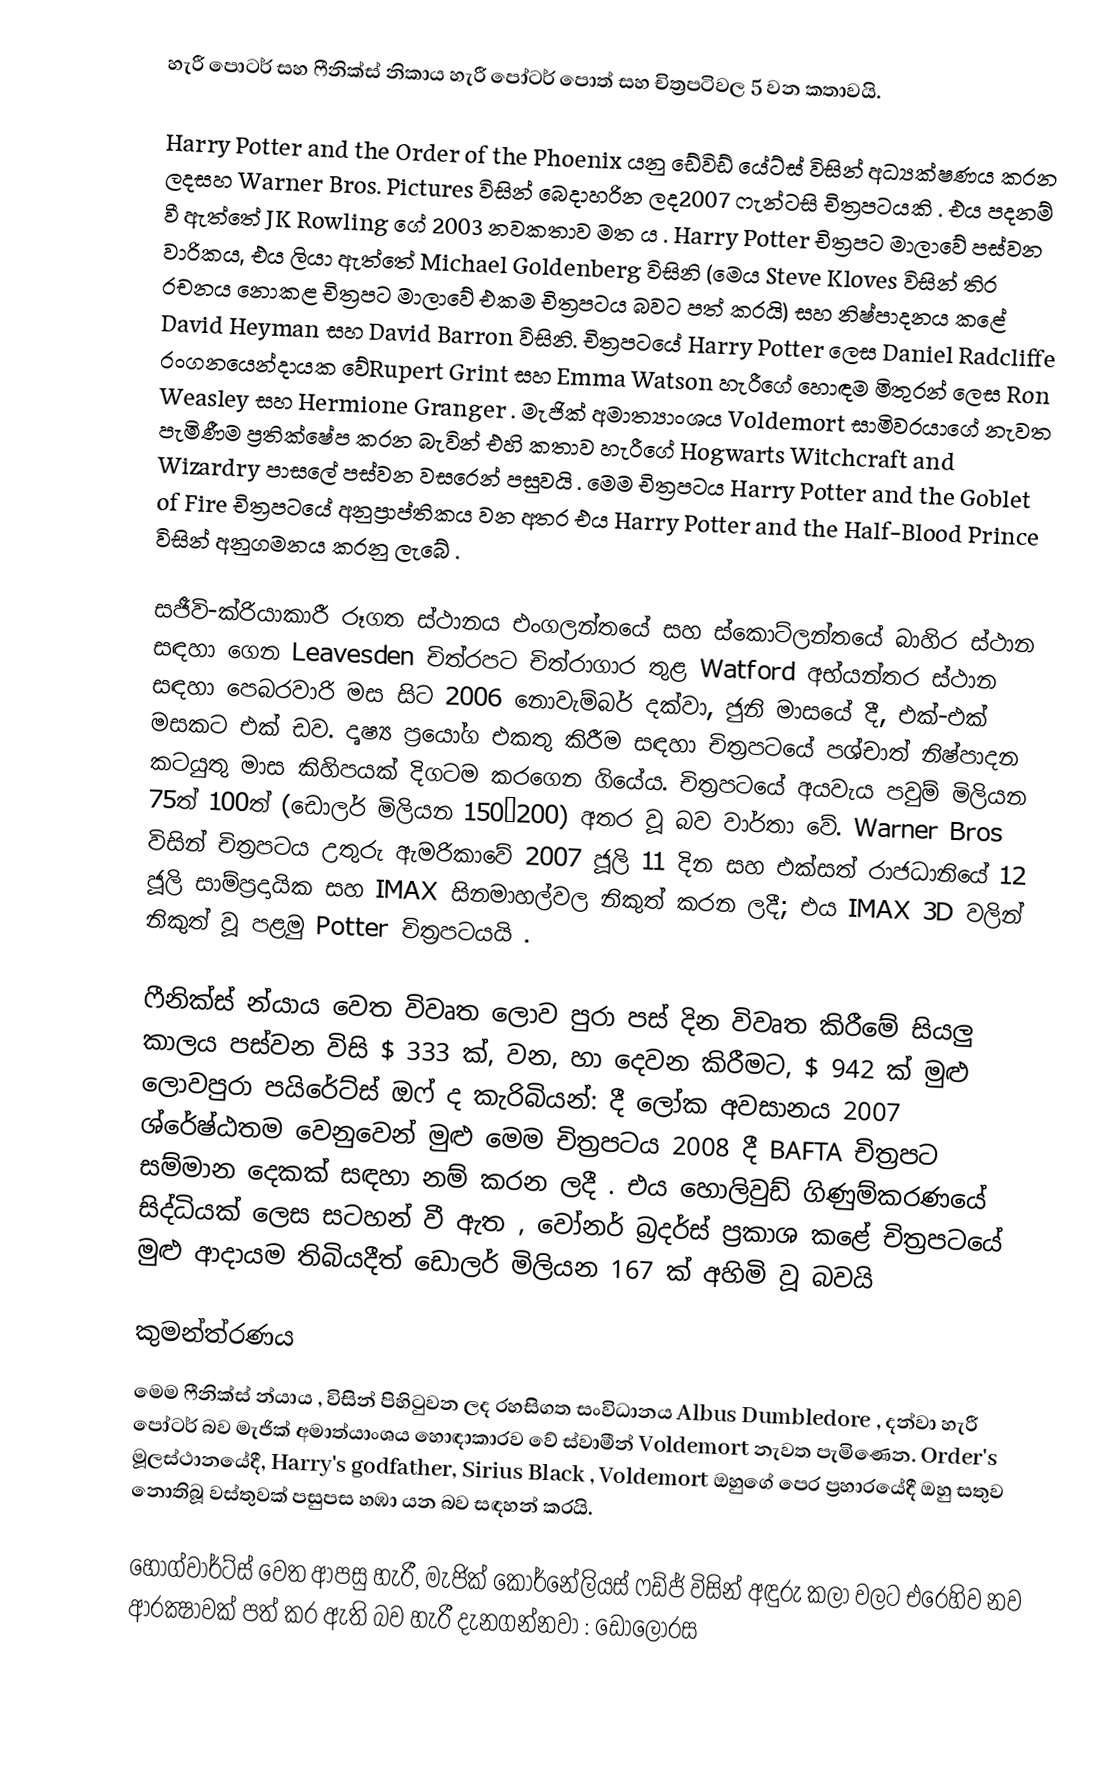
හැරී පොටර් සහ ෆීනික්ස් නිකාය හැරී පෝටර් පොත් සහ චිත්‍රපටිවල 5 වන කතාවයි.

Harry Potter and the Order of the Phoenix යනු ඩේවිඩ් යේට්ස් විසින් අධ්‍යක්ෂණය කරන ලදසහ Warner Bros. Pictures විසින් බෙදාහරින ලද2007 ෆැන්ටසි චිත්‍රපටයකි . එය පදනම් වී ඇත්තේ JK Rowling ගේ 2003 නවකතාව මත ය . Harry Potter චිත්‍රපට මාලාවේ පස්වන වාරිකය, එය ලියා ඇත්තේ Michael Goldenberg විසිනි (මෙය Steve Kloves විසින් තිර රචනය නොකළ චිත්‍රපට මාලාවේ එකම චිත්‍රපටය බවට පත් කරයි) සහ නිෂ්පාදනය කළේ David Heyman සහ David Barron විසිනි. චිත්‍රපටයේ Harry Potter ලෙස Daniel Radcliffe රංගනයෙන්දායක වේRupert Grint සහ Emma Watson හැරීගේ හොඳම මිතුරන් ලෙස Ron Weasley සහ Hermione Granger . මැජික් අමාත්‍යාංශය Voldemort සාමිවරයාගේ නැවත පැමිණීම ප්‍රතික්ෂේප කරන බැවින් එහි කතාව හැරීගේ Hogwarts Witchcraft and Wizardry පාසලේ පස්වන වසරෙන් පසුවයි . මෙම චිත්‍රපටය Harry Potter and the Goblet of Fire චිත්‍රපටයේ අනුප්‍රාප්තිකය වන අතර එය Harry Potter and the Half-Blood Prince විසින් අනුගමනය කරනු ලැබේ .

සජීවි-ක්රියාකාරී රූගත ස්ථානය එංගලන්තයේ සහ ස්කොට්ලන්තයේ බාහිර ස්ථාන සඳහා ගෙන Leavesden චිත්රපට චිත්රාගාර තුළ Watford අභ්යන්තර ස්ථාන සඳහා පෙබරවාරි මස සිට 2006 නොවැම්බර් දක්වා, ජුනි මාසයේ දී, එක්-එක් මසකට එක් ඩව. දෘෂ්‍ය ප්‍රයෝග එකතු කිරීම සඳහා චිත්‍රපටයේ පශ්චාත් නිෂ්පාදන කටයුතු මාස ​​කිහිපයක් දිගටම කරගෙන ගියේය. චිත්‍රපටයේ අයවැය පවුම් මිලියන 75ත් 100ත් (ඩොලර් මිලියන 150–200) අතර වූ බව වාර්තා වේ.  Warner Bros විසින් චිත්‍රපටය උතුරු ඇමරිකාවේ 2007 ජූලි 11 දින සහ එක්සත් රාජධානියේ 12 ජූලි සාම්ප්‍රදායික සහ IMAX සිනමාහල්වල නිකුත් කරන ලදී; එය IMAX 3D වලින් නිකුත් වූ පළමු Potter චිත්‍රපටයයි .

ෆීනික්ස් න්යාය වෙත විවෘත ලොව පුරා පස් දින විවෘත කිරීමේ සියලු කාලය පස්වන විසි $ 333 ක්, වන, හා දෙවන කිරීමට, $ 942 ක් මුළු ලොවපුරා පයිරේට්ස් ඔෆ් ද කැරිබියන්: දී ලෝක අවසානය 2007 ශ්රේෂ්ඨතම වෙනුවෙන් මුළු  මෙම චිත්‍රපටය 2008 දී BAFTA චිත්‍රපට සම්මාන දෙකක් සඳහා නම් කරන ලදී . එය හොලිවුඩ් ගිණුම්කරණයේ සිද්ධියක් ලෙස සටහන් වී ඇත , වෝනර් බ්‍රදර්ස් ප්‍රකාශ කළේ චිත්‍රපටයේ මුළු ආදායම තිබියදීත් ඩොලර් මිලියන 167 ක් අහිමි වූ බවයි

කුමන්ත්රණය
මෙම ෆීනික්ස් න්යාය , විසින් පිහිටුවන ලද රහසිගත සංවිධානය Albus Dumbledore , දන්වා හැරී පෝටර් බව මැජික් අමාත්යාංශය හොඳාකාරව වේ ස්වාමීන් Voldemort නැවත පැමිණෙන. Order's මූලස්ථානයේදී, Harry's godfather, Sirius Black , Voldemort ඔහුගේ පෙර ප්‍රහාරයේදී ඔහු සතුව නොතිබූ වස්තුවක් පසුපස හඹා යන බව සඳහන් කරයි.

හොග්වාර්ට්ස් වෙත ආපසු හැරී, මැජික් කොර්නේලියස් ෆඩ්ජ් විසින් අඳුරු කලා වලට එරෙහිව නව ආරක්‍ෂාවක් පත් කර ඇති බව හැරී දැනගන්නවා : ඩොලෝරස